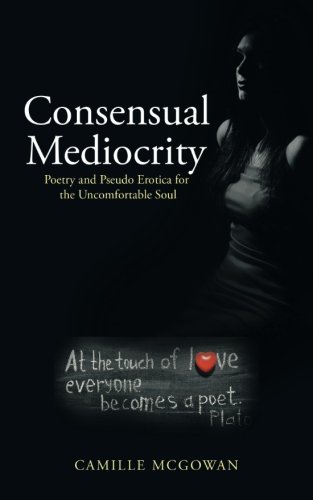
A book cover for Consensual Mediocrity: Poetry and Pseudo Erotica for the Uncomfortable Soul; Camille Mcgowan; Romance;